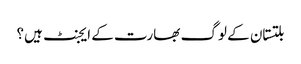
بلتستان کے لوگ بھارت کے ایجنٹ ہیں؟